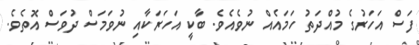
ފަސް އަހަރުގެ މުއްދަތު ހަމައެއް ނުވެއެވެ. ބާކީ އަހަރަކާއި ނުވަމަސް ދުވަސް އޮތެވެ.